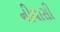
નીવાસી